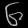
Digit: ၆